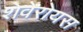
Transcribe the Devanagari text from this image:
शेवेरोयस